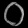
Digit: ၀